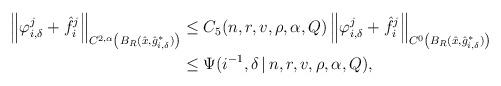
LaTeX: \begin{align*}\begin{aligned}\left\|\varphi_{i,\delta}^j+\hat{f}_i^{j}\right\|_{C^{2,\alpha}\left(B_{R}(\hat{x},\hat{g}_{i,\delta}^*)\right)}&\leq C_{5}(n,r,v,\rho,\alpha,Q)\left\|\varphi_{i,\delta}^j+\hat{f}_i^{j}\right\|_{C^{0}\left(B_{R}(\hat{x},\hat{g}_{i,\delta}^*)\right)}\\&\leq \Psi(i^{-1},\delta\,|\,n,r,v,\rho,\alpha,Q),\end{aligned}\end{align*}